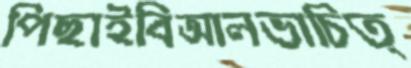
পিছাইবিআলভাচিত্